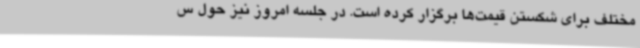
مختلف برای شکستن قیمت‌ها برگزار کرده است. در جلسه امروز نیز حول س